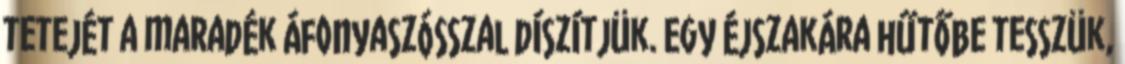
tetejét a maradék áfonyaszósszal díszítjük. Egy éjszakára hűtőbe tesszük,